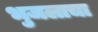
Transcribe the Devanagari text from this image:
भुजलाचा